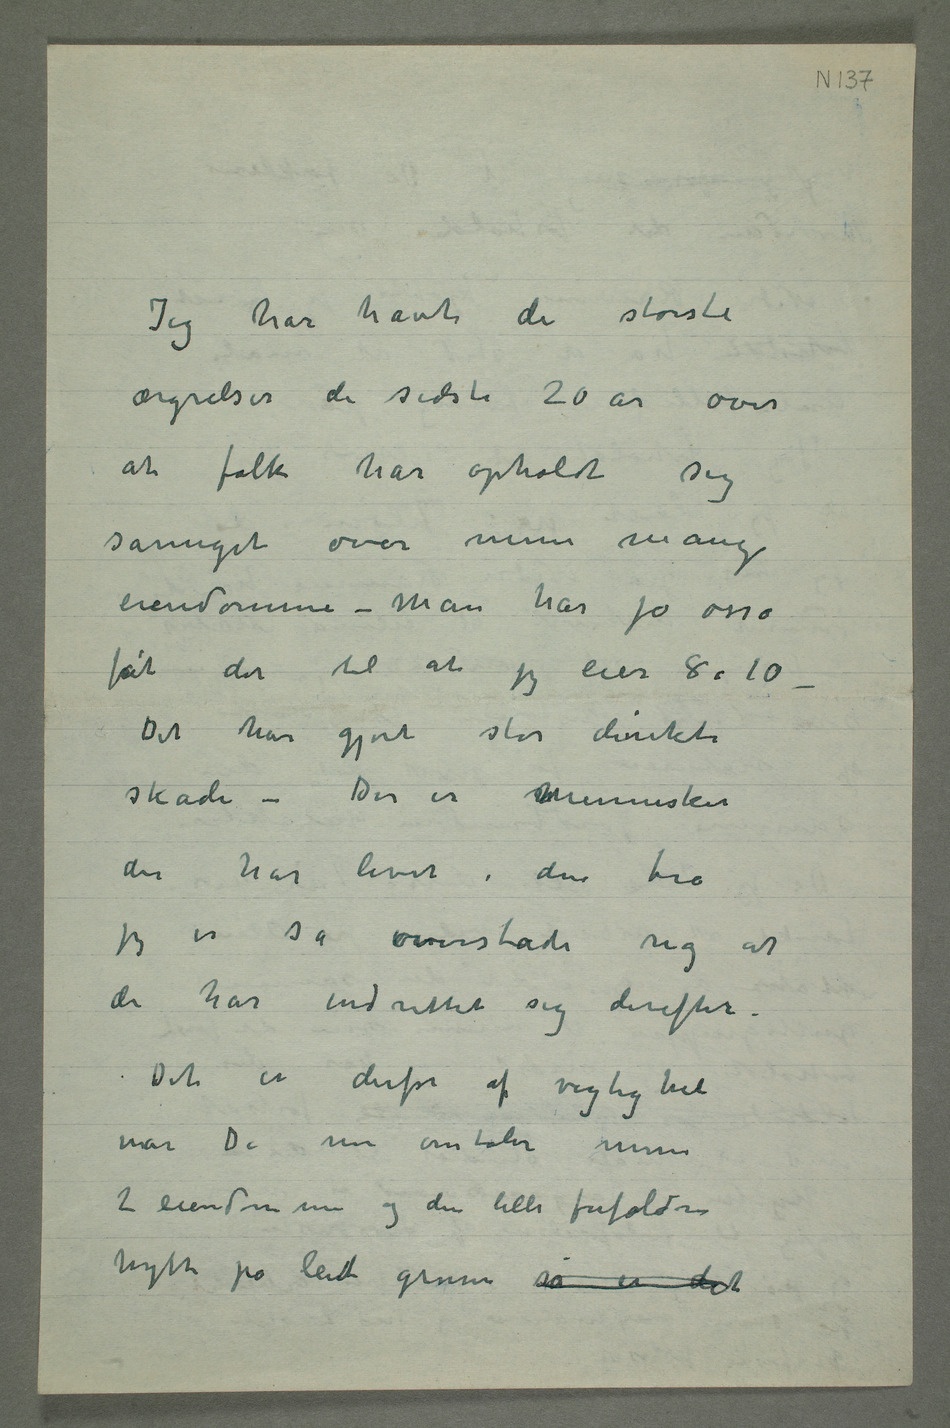
Jeg har havt de største
ærgrelser de sidste 20 år over
at folk har opholdt sig
såmeget over mine mange
eiendomme – Man har jo osså
fåt det til at jeg eier 8 à 10
– Det har gjort stor direkte
skade – Der er mennesker
der har levet i den tro
jeg er så overstadi rig at
de har indrettet sig derefter.
Det er derfor af vigtighet
når De nu omtaler mine
2 eiendomme og den lille forfaldne
hytte på leiet grunn så er det